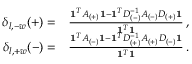
\begin{array} { r l } { \delta _ { l , - w } ( + ) = } & { \frac { \mathbf { 1 } ^ { T } A _ { ( + ) } \mathbf { 1 } - \mathbf { 1 } ^ { T } D _ { ( - ) } ^ { - 1 } A _ { ( - ) } D _ { ( + ) } \mathbf { 1 } } { \mathbf { 1 } ^ { T } \mathbf { 1 } } \, , } \\ { \delta _ { l , + w } ( - ) = } & { \frac { \mathbf { 1 } ^ { T } A _ { ( - ) } \mathbf { 1 } - \mathbf { 1 } ^ { T } D _ { ( + ) } ^ { - 1 } A _ { ( + ) } D _ { ( - ) } \mathbf { 1 } } { \mathbf { 1 } ^ { T } \mathbf { 1 } } \, . } \end{array}